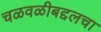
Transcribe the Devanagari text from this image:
चळवळीबद्दलचा